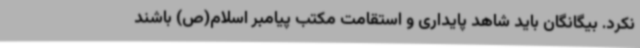
نکرد. بیگانگان باید شاهد پایداری و استقامت مکتب پیامبر اسلام(ص) باشند